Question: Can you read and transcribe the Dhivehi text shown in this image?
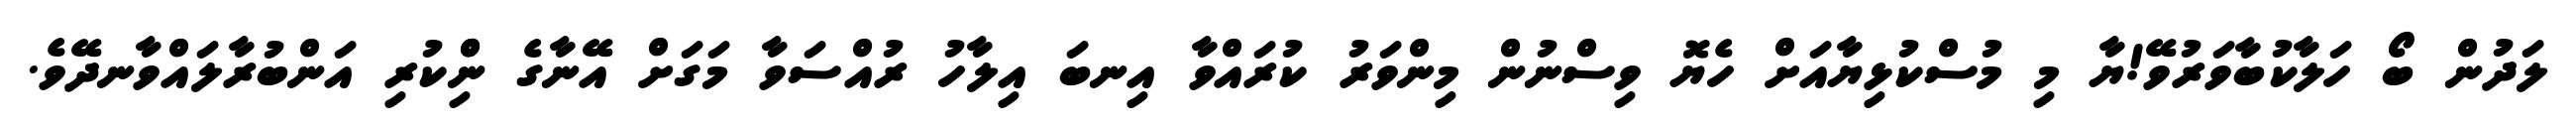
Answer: ލަދުން ބޯ ހަލާކުބާވަރުވޭ!ޔާ މި މުސްކުޅިޔާއަށް ހެޔޮ ވިސްނުން މިންވަރު ކުރައްވާ އިނބަ އިލާހު ރުއްސަވާ މަގަށް އޭނާގެ ނިްްކުރި އަންބުރާލައްވާނދޭވެ.